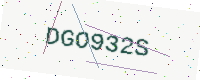
Text: DGO932S